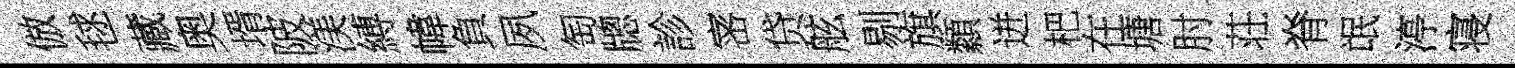
倣毬藏奥壻陂渼縛幃負夙匋牕診宻贷舷剔旗纇迸杷在塘肘荘脊氓渟寝